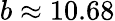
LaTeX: b\approx 10.68